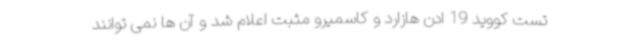
تست کووید 19 ادن هازارد و کاسمیرو مثبت اعلام شد و آن ها نمی توانند